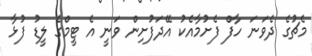
މެޗުގެ ދެވަނަ ހާފް ފެށުމާއެކު އޭދަފުށިން ވަނީ އެ ޓީމްގެ ލީޑު ފުޅާ